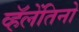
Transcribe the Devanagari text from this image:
व्हॅलेंतिनो